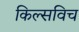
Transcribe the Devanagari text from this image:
किल्सविच